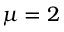
\mu = 2